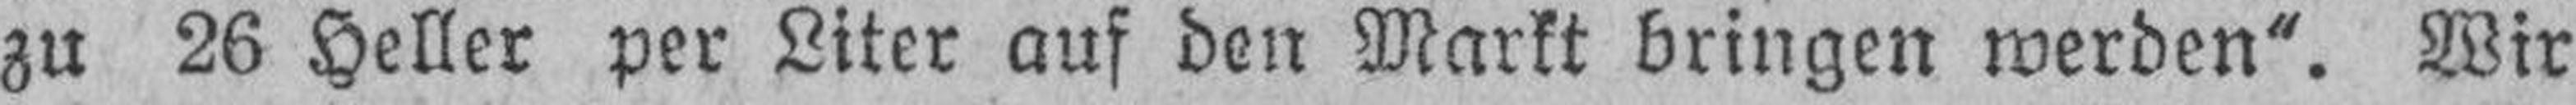
zu 26 Heller per Liter auf den Markt bringen werden“. Wir